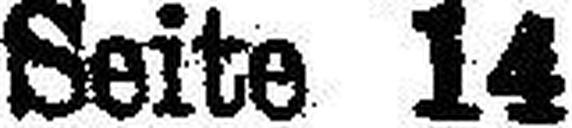
Seite 14